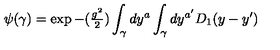
\psi ( \gamma ) = \exp { - ( { \textstyle { \frac { g ^ { 2 } } { 2 } } } ) \int _ { \gamma } d y ^ { a } \int _ { \gamma } d y ^ { a ^ { \prime } } D _ { 1 } ( y - y ^ { \prime } ) }